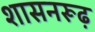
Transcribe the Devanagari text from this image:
शासनरूढ़